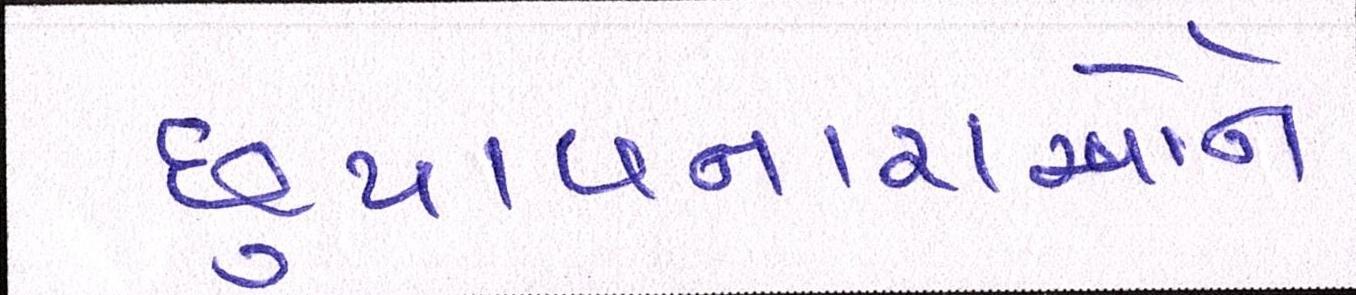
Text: છુપાવનારાઓને